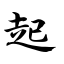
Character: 起